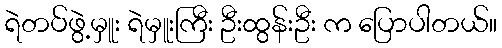
ရဲတပ်ဖွဲ့မှူး ရဲမှူးကြီး ဦးထွန်းဦး က ပြောပါတယ်။